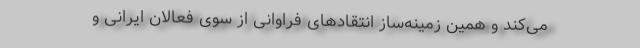
می‌کند و همین زمینه‌ساز انتقادهای فراوانی از سوی فعالان ایرانی و